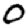
Digit: 0